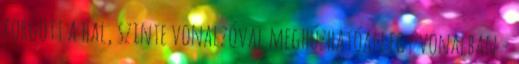
forgott a hal, szinte vonalzóval meghúzhatóan egy vonalban -